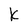
Character: k